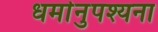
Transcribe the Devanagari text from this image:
धर्मानुपश्यना